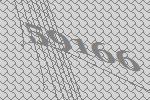
59166